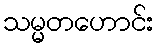
သမ္မတဟောင်း